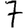
Digit: 7